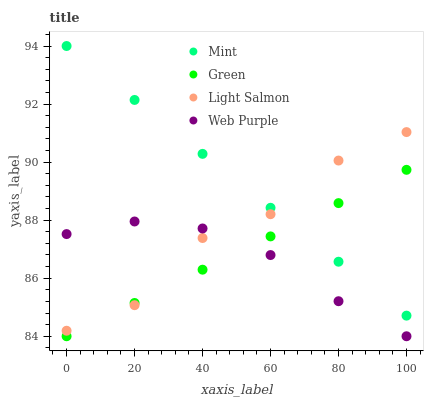
| xaxis_label | Mint | Green | Light Salmon | Web Purple |
 | --- | --- | --- | --- | --- |
 | 0 | 94 | 84 | 84.2 | 87.5 |
 | 20 | 92.1 | 85.1 | 85.1 | 88 |
 | 40 | 90.3 | 86.3 | 87.4 | 87.7 |
 | 60 | 88.4 | 87.4 | 88.2 | 86.8 |
 | 80 | 86.6 | 88.6 | 90.1 | 85.2 |
 | 100 | 84.7 | 89.7 | 91 | 84 |